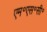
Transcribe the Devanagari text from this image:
एम॰एस॰सी॰